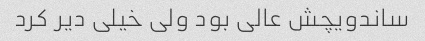
ساندویچش عالی بود ولی خیلی دیر کرد